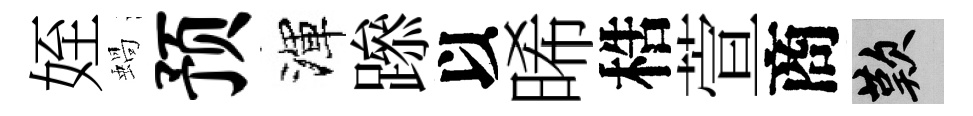
姪蝸预渾𨅶以晞梏萱商嘆